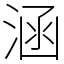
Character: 涵